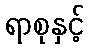
ရာစုနှင့်